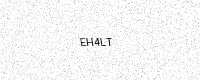
Text: EH4LT